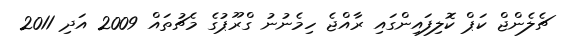
ޗެލެންޖް ކަޕް ކޮލިފައިންގައި ރާއްޖެ ހިމެނުނު ގްރޫޕުގެ މެޗުތައް 2009 އަދި 2011